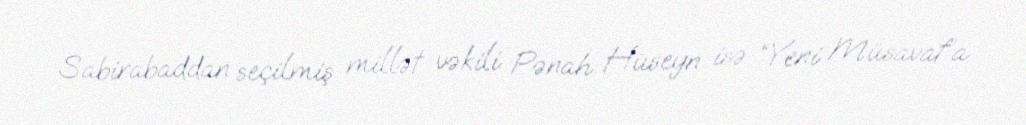
Sabirabaddan seçilmiş millət vəkili Pənah Hüseyn isə “Yeni Müsavat”a